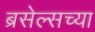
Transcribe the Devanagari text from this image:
ब्रसेल्सच्या